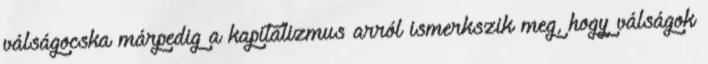
válságocska márpedig a kapitalizmus arról ismerkszik meg, hogy válságok